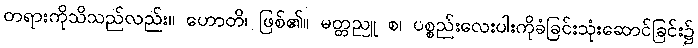
တရားကိုသိသည်လည်း။ ဟောတိ၊ ဖြစ်၏။ မတ္တညူ စ၊ ပစ္စည်းလေးပါးကိုခံခြင်းသုံးဆောင်ခြင်း၌